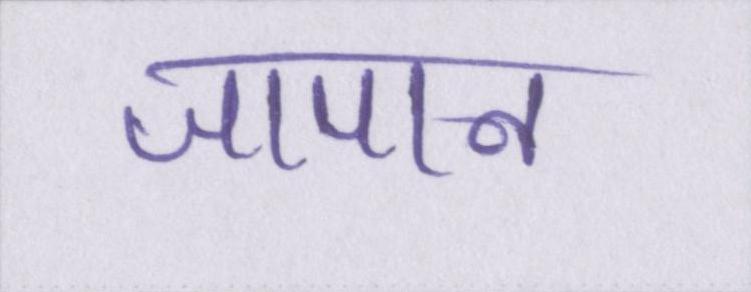
जापान